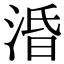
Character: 涽